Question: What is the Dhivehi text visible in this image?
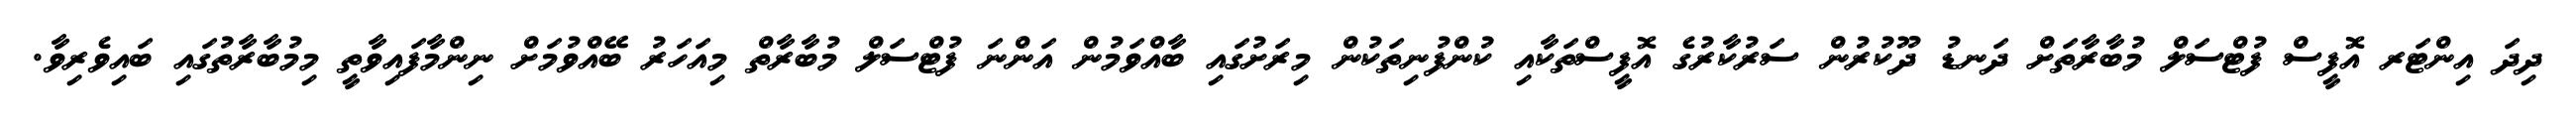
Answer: ދިދަ އިންޓަރ އޮފީސް ފުޓްސަލް މުބާރާތަށް ދަނޑު ދޫކުރުން ސަރުކާރުގެ އޮފީސްތަކާއި ކުންފުނިތަކުން މިރަށުގައި ބާއްވަމުން އަންނަ ފުޓްސަލް މުބާރާތް މިއަހަރު ބޭއްވުމަށް ނިންމާފައިވާތީ މިމުބާރާތުގައި ބައިވެރިވާ.